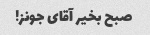
صبح بخیر آقای جونز!